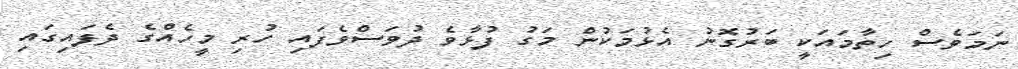
ނަމަވެސް ހިތާމައަކީ ބަރުގޮނު އެޅުމަކުން މަގު ފުޅާވެ ދުވަސްވެފައި ހުރި މީހެއްގެ ދެފައިގައި